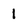
Character: 1